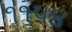
૧૧૫૪